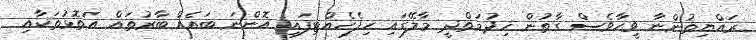
ރައްޔިތުންނާ ވީހާވެސް ގާތުން ޚިދުމަތްދީ މާލޭގައި ހިފެހެއްޓިފައި އޮންނަ ބައެއް ބާރުތައް އަތޮޅުތަކާއި